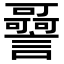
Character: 𧭳